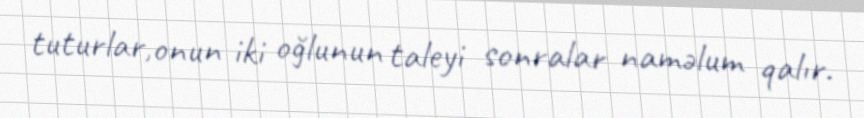
tuturlar,onun iki oğlunun taleyi sonralar naməlum qalır.